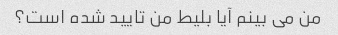
من می بینم آیا بلیط من تایید شده است؟